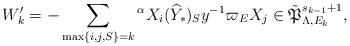
LaTeX: \begin{align*}W'_k=-\sum_{\max\{i,j,S\}=k} {}^\alpha X_i (\widehat{Y}_*)_Sy^{-1}\varpi_E X_j \in \tilde{\mathfrak{P}}^{s_{k-1}+1}_{\Lambda,E_k},\end{align*}